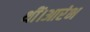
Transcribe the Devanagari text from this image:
थीं।आरंभ